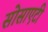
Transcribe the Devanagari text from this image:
सोसाएटी